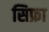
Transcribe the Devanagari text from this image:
सिफ्रा